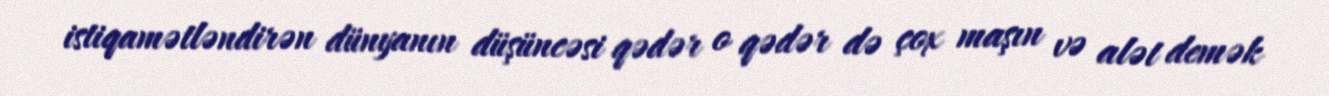
istiqamətləndirən dünyanın düşüncəsi qədər o qədər də çox maşın və alət demək